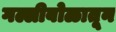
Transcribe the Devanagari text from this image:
गल्लीबोळातून